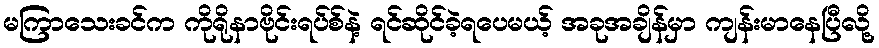
မကြာသေးခင်က ကိုရိုနာဗိုင်းရပ်စ်နဲ့ ရင်ဆိုင်ခဲ့ရပေမယ့် အခုအချိန်မှာ ကျန်းမာနေပြီလို့